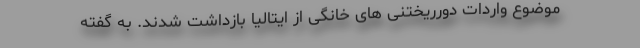
موضوع واردات دورریختنی های خانگی از ایتالیا بازداشت شدند. به گفته